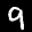
Label: 9